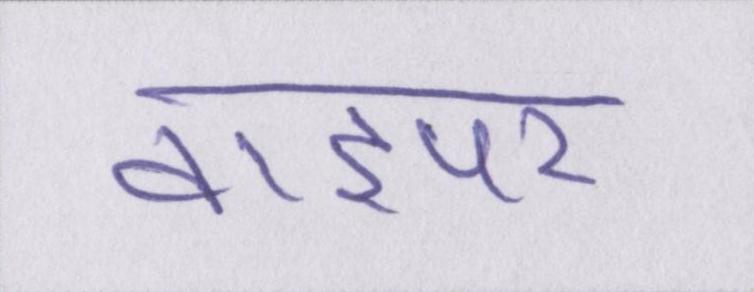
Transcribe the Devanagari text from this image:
वाइपर